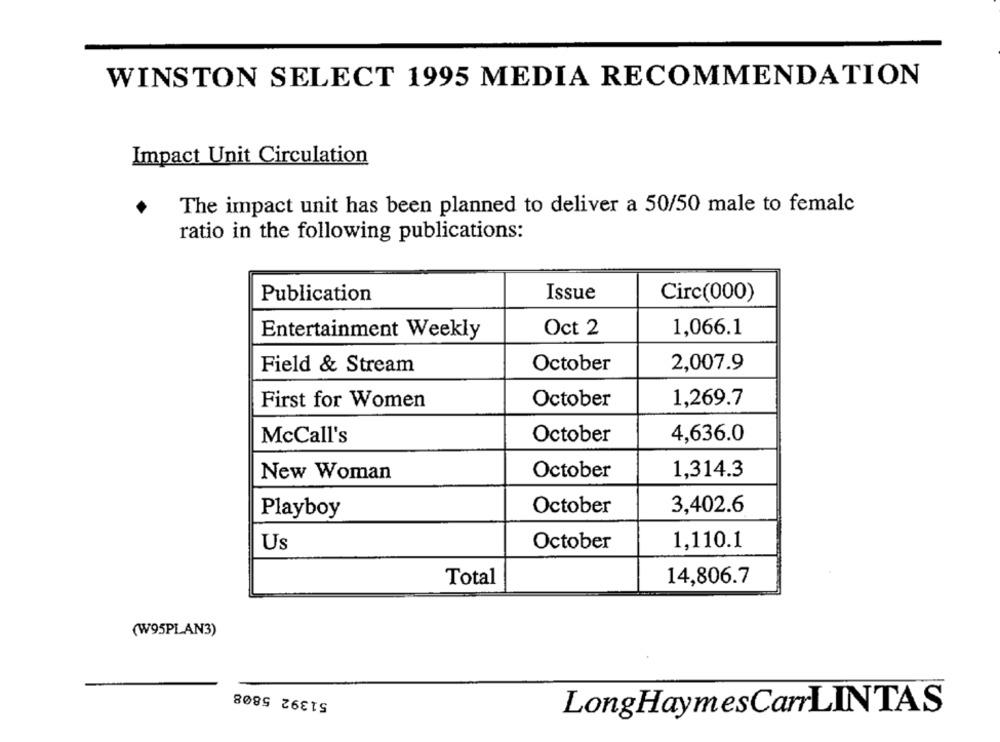
WINSTON SELECT 1995 MEDIA RECOMMENDATION
Impact Unit Circulation
The impact unit has been planned to deliver a 50/50 male to female
ratio in the following publications:
Issue
Publication
Circ(000)
Oct 2
1,066.1
Entertainment Weekly
Field & Stream
October
2,007.9
First for Women
October
1,269.7
4,636.0
McCall's
October
October
1,314.3
New Woman
Playboy
October
3,402.6
Us
October
1,110.1
Total
14,806.7
(W95PLAN3)
51392 5808
LongHaymesCarLINTAS